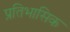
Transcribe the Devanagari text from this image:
प्रतिभासिक